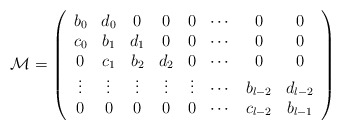
\begin{align*}{\mathcal M} = \left(\begin{array}{cccccccc}b_0 & d_0 & 0 & 0 & 0 & \cdots & 0 & 0 \\c_0 & b_1 & d_1 & 0 & 0 & \cdots & 0 & 0 \\0 & c_1 & b_2 & d_2 & 0 & \cdots & 0 & 0 \\\vdots & \vdots & \vdots & \vdots & \vdots & \cdots & b_{l-2} & d_{l-2} \\0 & 0 & 0 & 0 & 0 & \cdots & c_{l-2} & b_{l-1}\end{array}\right)\end{align*}